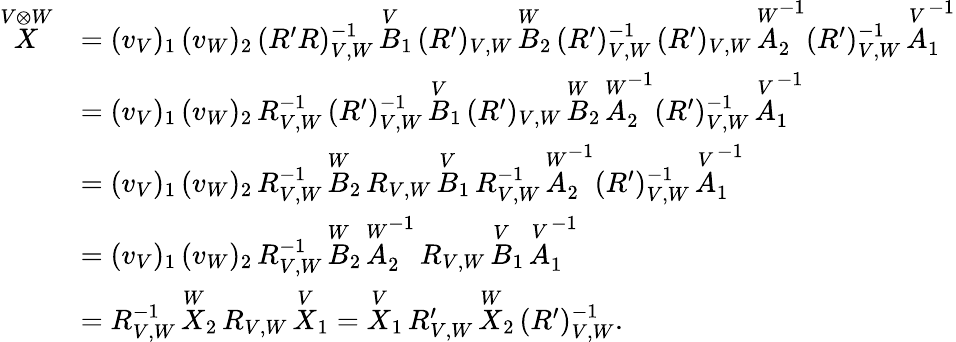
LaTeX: \begin{array}{rl}{\overset{V\otimes W}{X}}&{=(v_{V})_{1}\, (v_{W})_{2}\, (R^{\prime}R)_{V,W}^{-1}\, \overset{V}{B}_{1}\, (R^{\prime})_{V,W}\, \overset{W}{B}_{2}\, (R^{\prime})_{V,W}^{-1}\, (R^{\prime})_{V,W}\, \overset{W}{A}_{2}^{-1}(R^{\prime})_{V,W}^{-1}\, \overset{V}{A}_{1}^{-1}}\\ &{=(v_{V})_{1}\, (v_{W})_{2}\, R_{V,W}^{-1}\, (R^{\prime})_{V,W}^{-1}\, \overset{V}{B}_{1}\, (R^{\prime})_{V,W}\, \overset{W}{B}_{2}\, \overset{W}{A}_{2}^{-1}(R^{\prime})_{V,W}^{-1}\, \overset{V}{A}_{1}^{-1}}\\ &{=(v_{V})_{1}\, (v_{W})_{2}\, R_{V,W}^{-1}\, \overset{W}{B}_{2}\, R_{V,W}\, \overset{V}{B}_{1}\, R_{V,W}^{-1}\, \overset{W}{A}_{2}^{-1}(R^{\prime})_{V,W}^{-1}\, \overset{V}{A}_{1}^{-1}}\\ &{=(v_{V})_{1}\, (v_{W})_{2}\, R_{V,W}^{-1}\, \overset{W}{B}_{2}\, \overset{W}{A}_{2}^{-1}\, R_{V,W}\, \overset{V}{B}_{1}\, \overset{V}{A}_{1}^{-1}}\\ &{=R_{V,W}^{-1}\, \overset{W}{X}_{2}\, R_{V,W}\, \overset{V}{X}_{1}=\overset{V}{X}_{1}\, R_{V,W}^{\prime}\, \overset{W}{X}_{2}\, (R^{\prime})_{V,W}^{-1}.}\end{array}